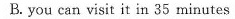
B. you can visit it in 35 minutes